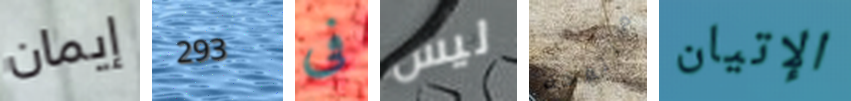
إيمان 293 فى ليس منتفخة الإتيان